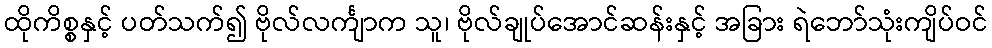
ထိုကိစ္စနှင့် ပတ်သက်၍ ဗိုလ်လင်္ကျာက သူ၊ ဗိုလ်ချုပ်အောင်ဆန်းနှင့် အခြား ရဲဘော်သုံးကျိပ်ဝင်